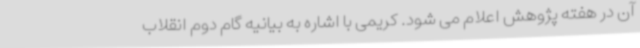
آن در هفته پژوهش اعلام می شود. کریمی با اشاره به بیانیه گام دوم انقلاب